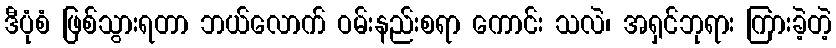
ဒီပုံစံ ဖြစ်သွားရတာ ဘယ်လောက် ဝမ်းနည်းစရာ ကောင်း သလဲ၊ အရှင်ဘုရား ကြားခဲ့တဲ့